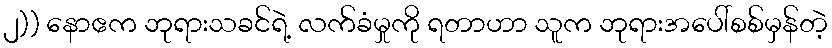
၂)) နောဧက ဘုရားသခင်ရဲ့ လက်ခံမှုကို ရတာဟာ သူက ဘုရားအပေါ်စစ်မှန်တဲ့